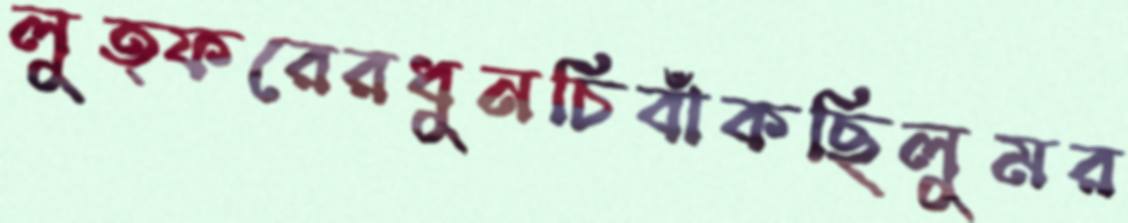
লুত্ফরেরধুনচিবাঁকছিলুমর